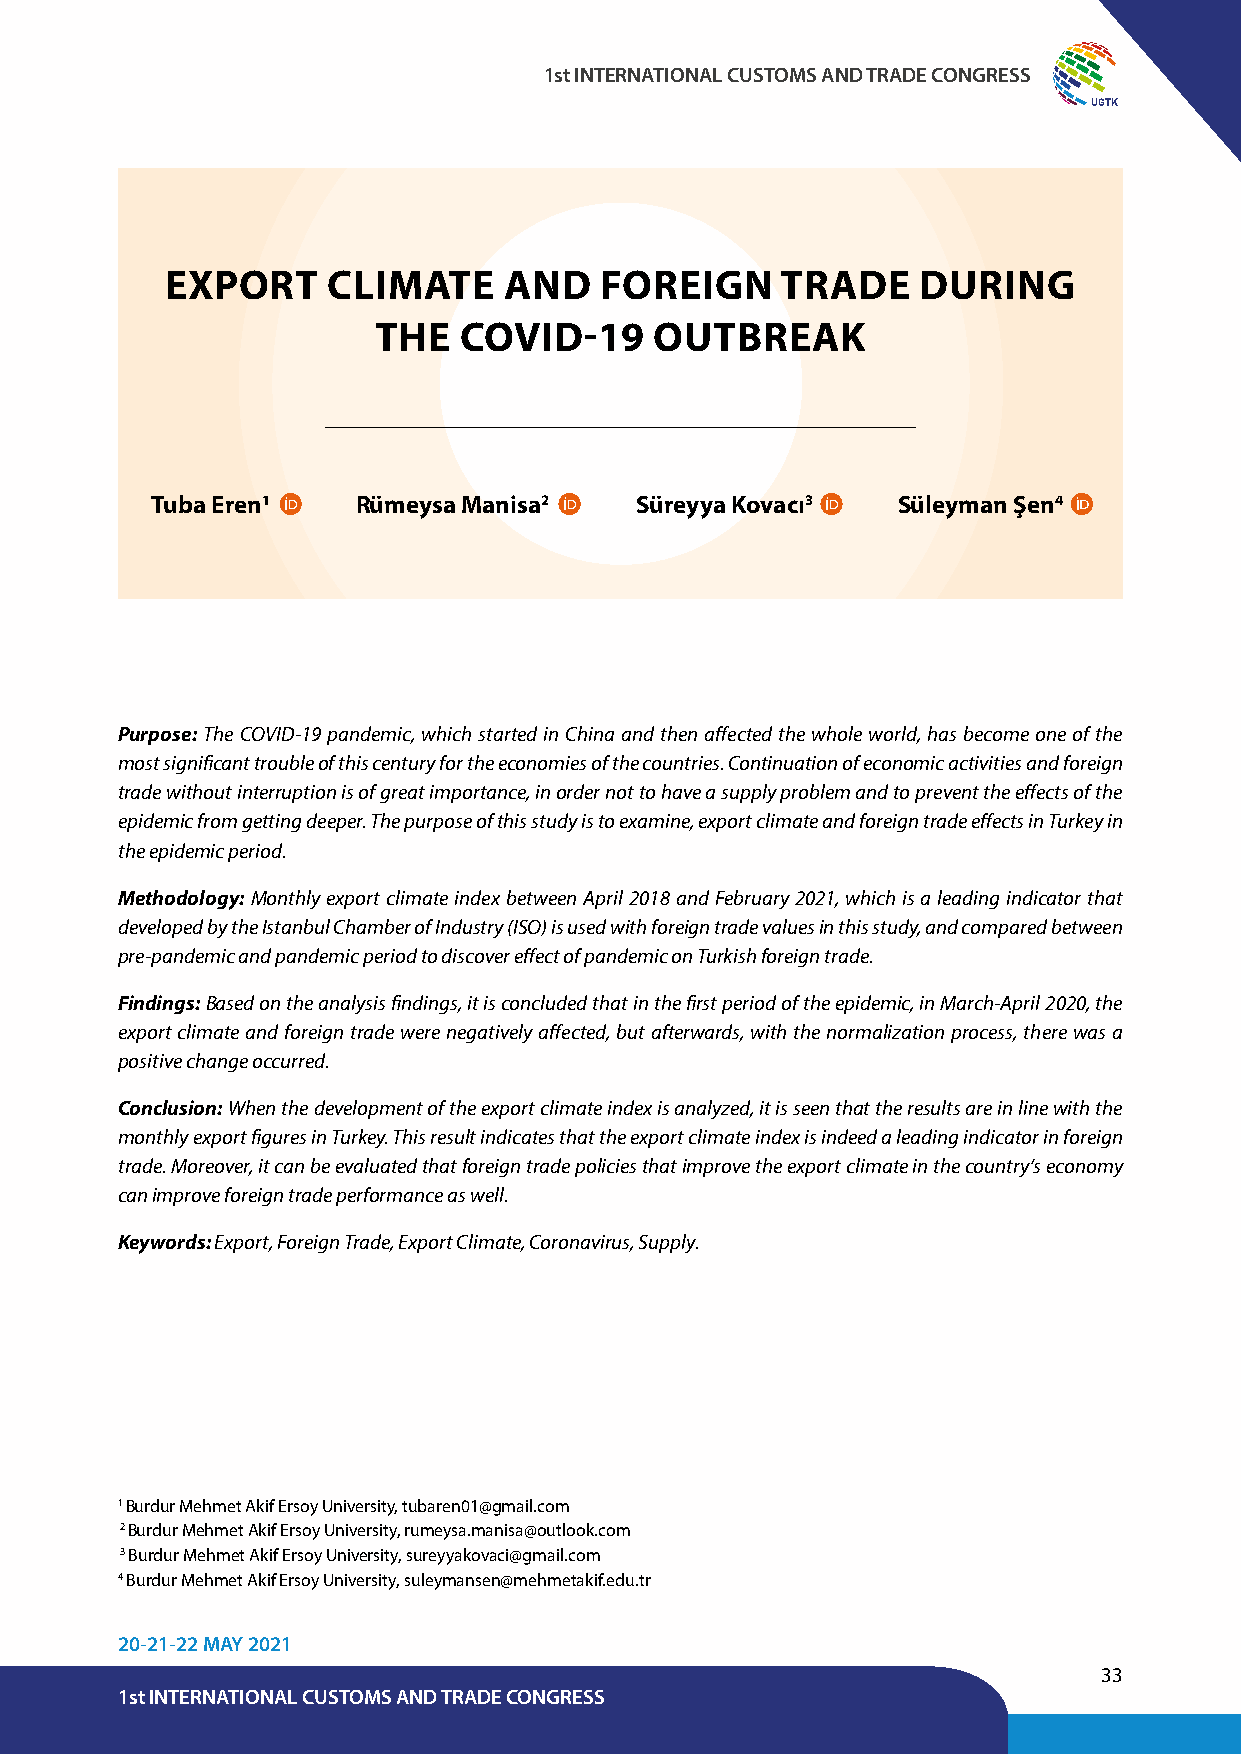
1st INTERNATIONAL CUSTOMS AND TRADE CONGRESS
 UGTK
 EXPORT     CLIMATE    AND    FOREIGN     TRADE    DURING
 THE  COVID-19     OUTBREAK
 Tuba Eren1    Rümeysa Manisa2   Süreyya Kovacı3  Süleyman Şen4
 Purpose: The COVID-19 pandemic, which started in China and then affected the whole world, has become one of the
 most significant trouble of this century for the economies of the countries. Continuation of economic activities and foreign
 trade without interruption is of great importance, in order not to have a supply problem and to prevent the effects of the
 epidemic from getting deeper. The purpose of this study is to examine, export climate and foreign trade effects in Turkey in
 the epidemic period.
 Methodology: Monthly export climate index between April 2018 and February 2021, which is a leading indicator that
 developed by the Istanbul Chamber of Industry (ISO) is used with foreign trade values in this study, and compared between
 pre-pandemic and pandemic period to discover effect of pandemic on Turkish foreign trade.
 Findings: Based on the analysis findings, it is concluded that in the first period of the epidemic, in March-April 2020, the
 export climate and foreign trade were negatively affected, but afterwards, with the normalization process, there was a
 positive change occurred.
 Conclusion: When the development of the export climate index is analyzed, it is seen that the results are in line with the
 monthly export figures in Turkey. This result indicates that the export climate index is indeed a leading indicator in foreign
 trade. Moreover, it can be evaluated that foreign trade policies that improve the export climate in the country’s economy
 can improve foreign trade performance as well.
 Keywords: Export, Foreign Trade, Export Climate, Coronavirus, Supply.
 1 Burdur Mehmet Akif Ersoy University, tubaren01@gmail.com
 2 Burdur Mehmet Akif Ersoy University, rumeysa.manisa@outlook.com
 3 Burdur Mehmet Akif Ersoy University, sureyyakovaci@gmail.com
 4 Burdur Mehmet Akif Ersoy University, suleymansen@mehmetakif.edu.tr
 20-21-22 MAY 2021
 33
 1st INTERNATIONAL CUSTOMS AND TRADE CONGRESS